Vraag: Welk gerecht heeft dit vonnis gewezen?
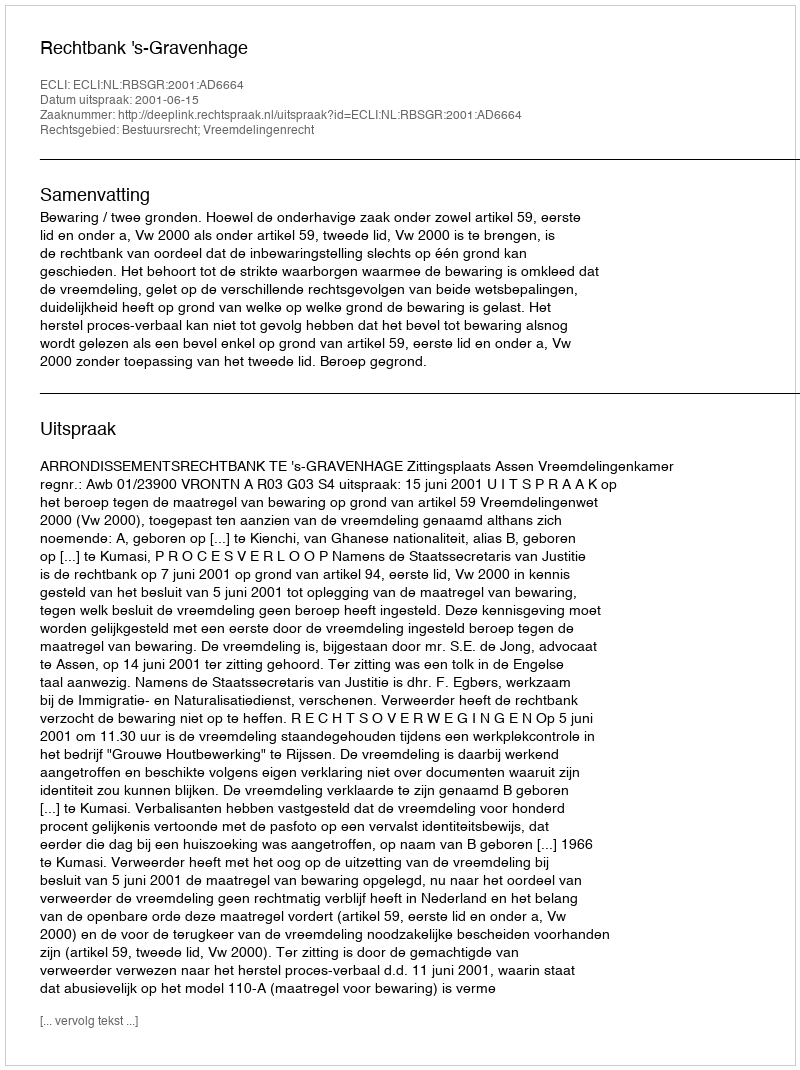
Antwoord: Rechtbank 's-Gravenhage